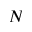
N